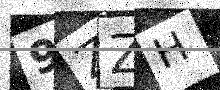
Text: 9ZZH